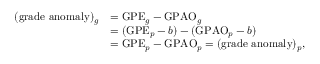
\begin{array} { r l } { ( \mathrm { g r a d e ~ a n o m a l y } ) _ { g } } & { = \mathrm { G P E } _ { g } - \mathrm { G P A O } _ { g } } \\ & { = ( \mathrm { G P E } _ { p } - b ) - ( \mathrm { G P A O } _ { p } - b ) } \\ & { = \mathrm { G P E } _ { p } - \mathrm { G P A O } _ { p } = ( \mathrm { g r a d e ~ a n o m a l y } ) _ { p } , } \end{array}